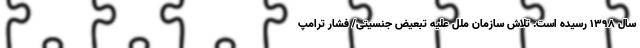
سال ۱۳۹۸ رسیده است. تلاش سازمان ملل علیه تبعیض جنسیتی/ فشار ترامپ